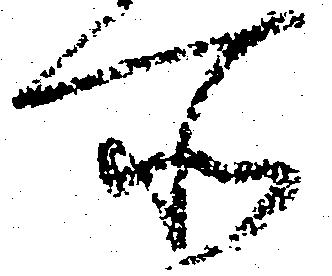
所